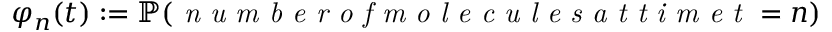
\begin{array} { r } { \varphi _ { n } ( t ) : = \mathbb { P } ( \emph { n u m b e r o f m o l e c u l e s a t t i m e t } = n ) } \end{array}